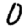
Digit: 0